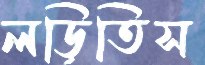
লড়িতিস